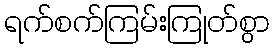
ရက်စက်ကြမ်းကြုတ်စွာ